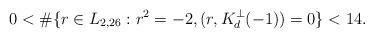
LaTeX: \begin{align*}0 < \#\{r \in L_{2,26} : r^2 = -2, (r,K_d^\perp(-1)) = 0\} < 14.\end{align*}